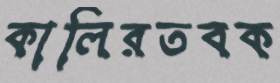
কালিরতবক